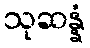
သုဆန္နံ